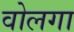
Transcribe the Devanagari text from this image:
वोलगा